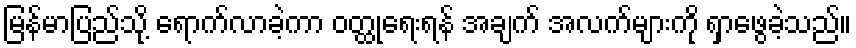
မြန်မာပြည်သို့ ရောက်လာခဲ့ကာ ဝတ္ထုရေးရန် အချက် အလက်များကို ရှာဖွေခဲ့သည်။